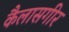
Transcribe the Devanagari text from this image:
कैलासगीर